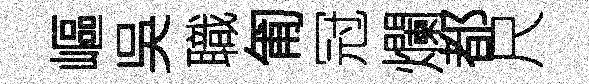
嶇吳職匍冠爛都尺